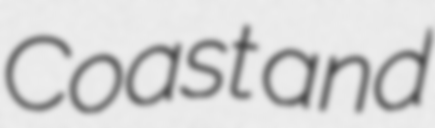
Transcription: Coast and